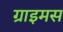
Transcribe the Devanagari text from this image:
ग्राइमस